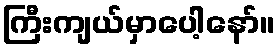
ကြီးကျယ်မှာပေါ့နော်။